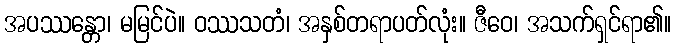
အပဿန္တော၊ မမြင်ပဲ။ ဝဿသတံ၊ အနှစ်တရာပတ်လုံး။ ဇီဝေ၊ အသက်ရှင်ရာ၏။